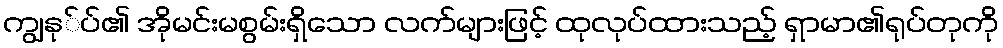
ကျွနု်ပ်၏ အိုမင်းမစွမ်းရှိသော လက်များဖြင့် ထုလုပ်ထားသည့် ရှာမာ၏ရုပ်တုကို